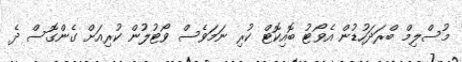
މުސްލިމް ބްރަދަހުޑުން އެވޯޓު ބޮއިކޮޓް ކުރި ނަމަވެސް ވޯޓުލުން ކުރިއަށް ގެންގޮސް ދެ